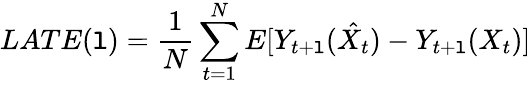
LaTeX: LATE(\mathtt{l})=\frac{{1}}{{N}}\sum_{t=1}^{N}E[Y_{t+\mathtt{l}}(\hat{{X_{t}}})-Y_{t+\mathtt{l}}(X_{t})]